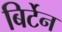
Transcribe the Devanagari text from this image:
बिर्टेन